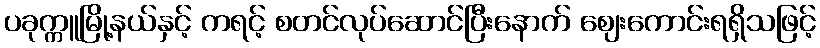
ပခုက္ကူမြို့နယ်နှင့် ကရင့် စတင်လုပ်ဆောင်ပြီးနောက် ဈေးကောင်းရရှိသဖြင့်